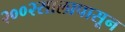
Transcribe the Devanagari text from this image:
२००२सालापासून